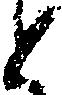
と